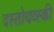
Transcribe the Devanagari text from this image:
दस्तोयव्स्की